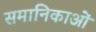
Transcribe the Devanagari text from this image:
समानिकाओं